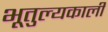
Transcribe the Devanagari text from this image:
भूतुल्यकाली